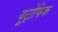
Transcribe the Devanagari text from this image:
यूट्रोफिक